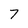
Character: 7